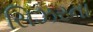
સિઝરના